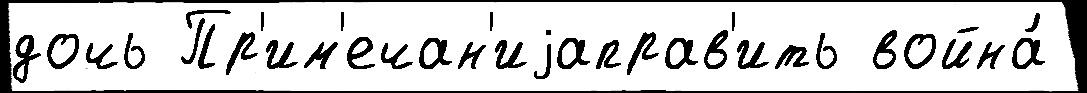
дочь Пр'им'ечан'иjаправ'ить война́